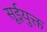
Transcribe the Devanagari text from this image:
सूईयुक्त